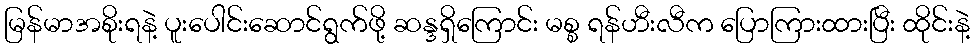
မြန်မာအစိုးရနဲ့ ပူးပေါင်းဆောင်ရွက်ဖို့ ဆန္ဒရှိကြောင်း မစ္စ ရန်ဟီးလီက ပြောကြားထားပြီး ထိုင်းနဲ့